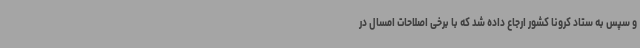
و سپس به ستاد کرونا کشور ارجاع داده شد که با برخی اصلاحات امسال در